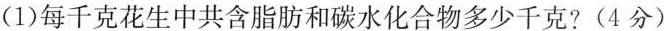
(1)每千克花生中共含脂肪和碳水化合物多少千克？(4分)